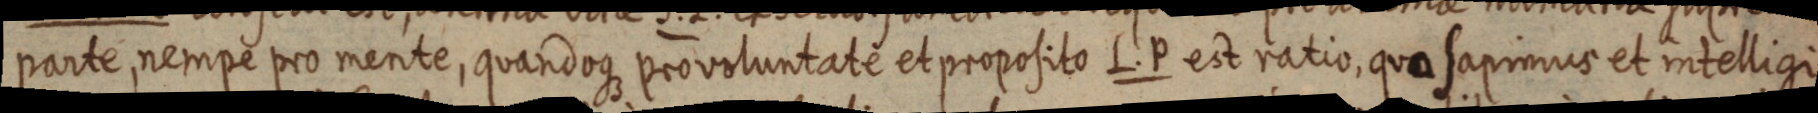
parte, nempe pro mente, quandoque pro voluntate et proposito L. P est ratio, qua sapimus et intelligi